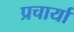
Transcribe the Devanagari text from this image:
प्रचार्या